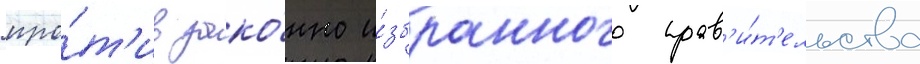
про́т'ив зако́нно и́збранного прав'и́т'ельства